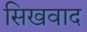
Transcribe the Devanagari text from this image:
सिखवाद